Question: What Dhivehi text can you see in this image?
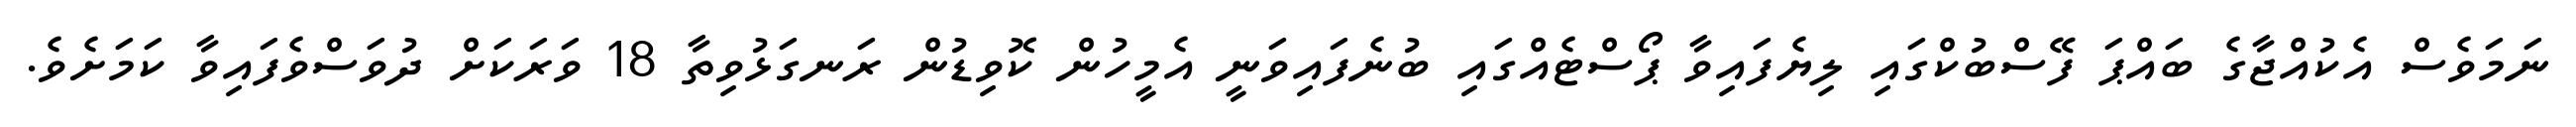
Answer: ނަމަވެސް އެކުއްޖާގެ ބައްޕަ ފޭސްބުކްގައި ލިޔެފައިވާ ޕޯސްޓެއްގައި ބުނެފައިވަނީ އެމީހުން ކޮވިޑުން ރަނގަޅުވިތާ 18 ވަރަކަށް ދުވަސްވެފައިވާ ކަމަށެވެ.